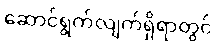
ဆောင်ရွက်လျက်ရှိရာတွင်